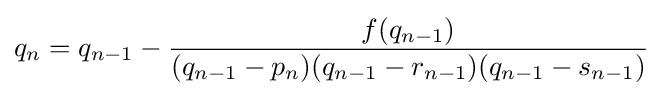
q_{n}=q_{n-1}-{\frac {f(q_{n-1})}{(q_{n-1}-p_{n})(q_{n-1}-r_{n-1})(q_{n-1}-s_{n-1})}}